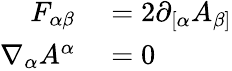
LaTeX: \begin{array}{rl}{F_{\alpha\beta}}&{{}=2\partial_{[\alpha}A_{\beta]}}\\ {\nabla_{\alpha}A^{\alpha}}&{{}=0}\end{array}